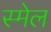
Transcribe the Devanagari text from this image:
स्मेल